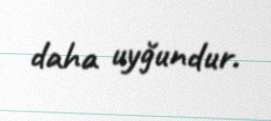
daha uyğundur.